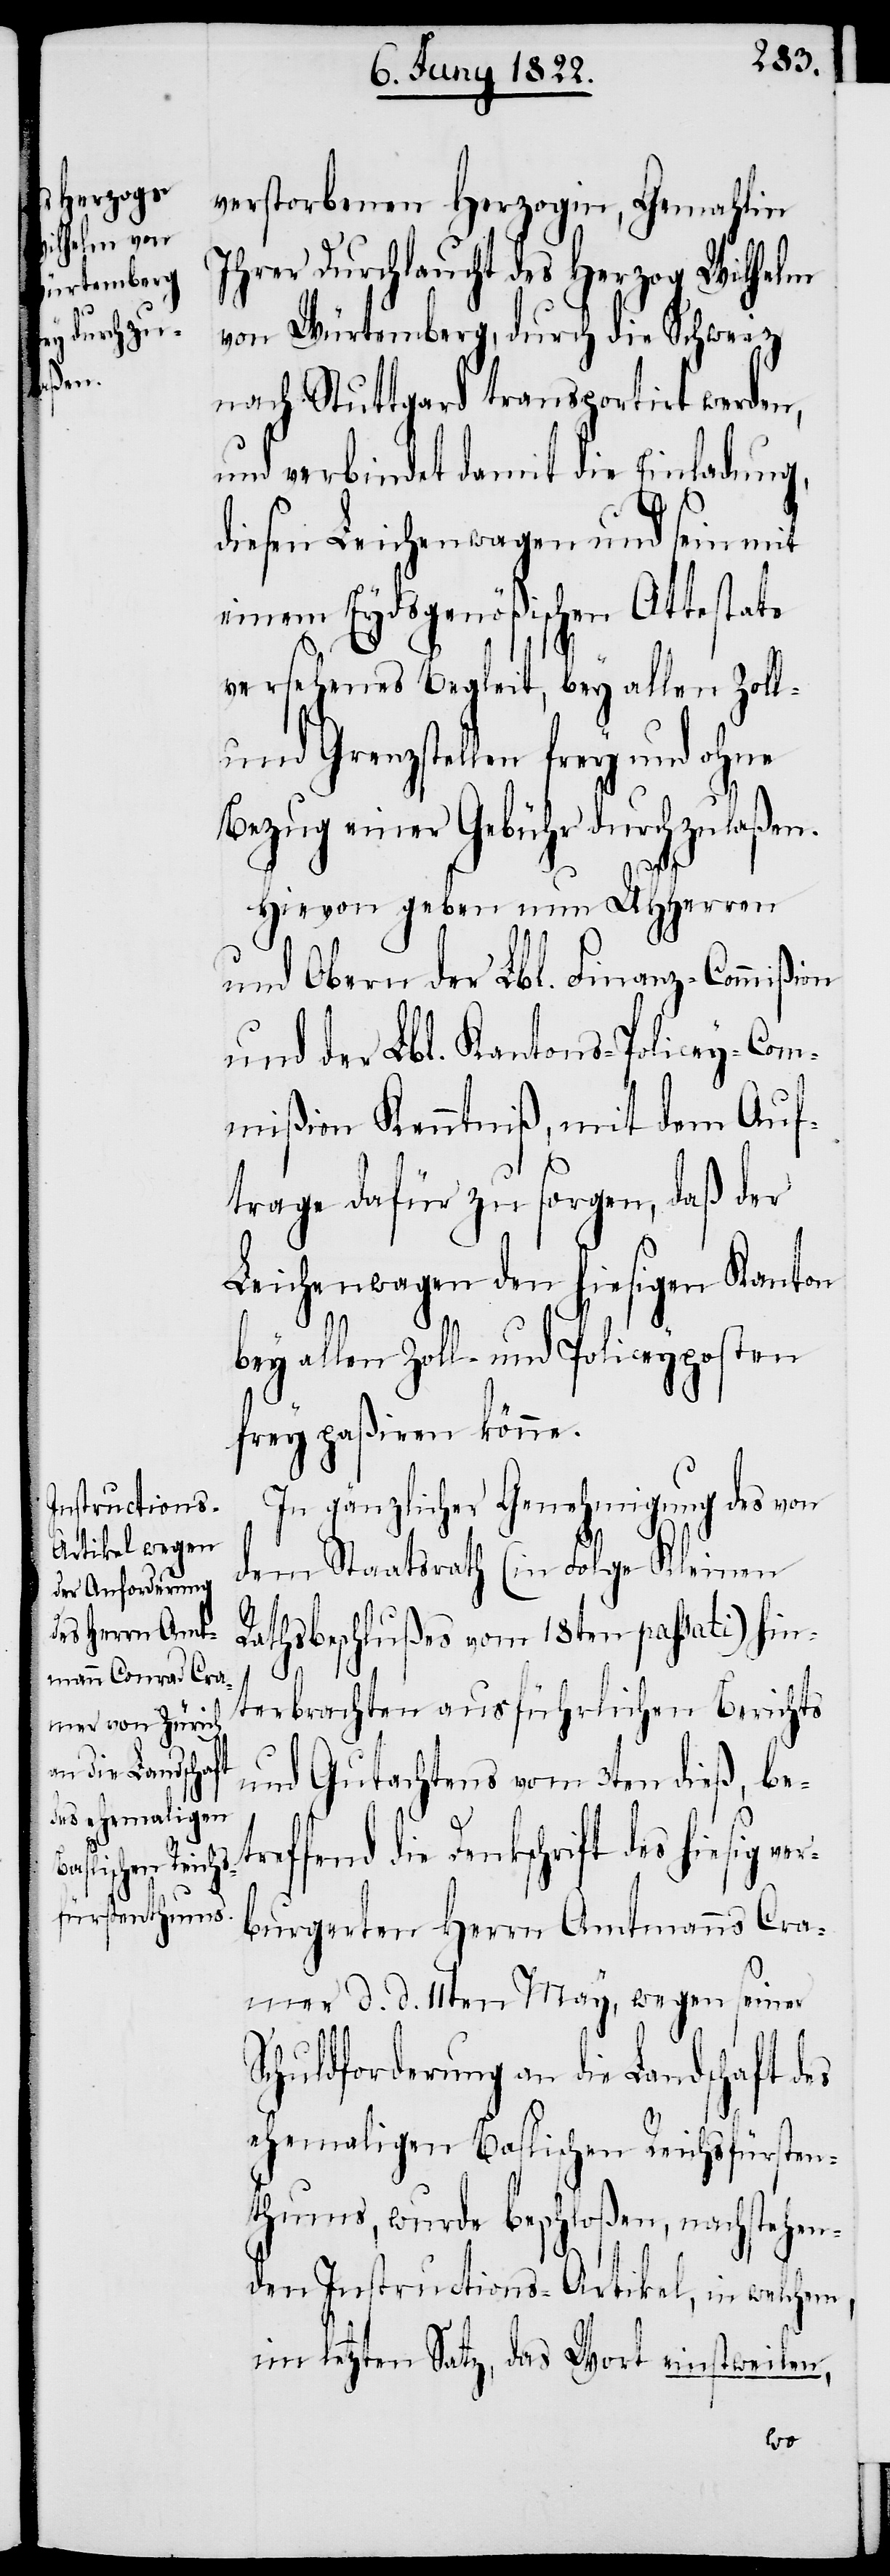
verstorbenen Herzogin, Gemahlin
Ihrer Durchlaucht des Herzog Wilhelm
von Würtemberg, durch die Schweiz
nach Stuttgard transportirt werden,
und verbindet damit die Einladung,
diesen Leichenwagen und sein mit
einem Eydsgenößischen Attestate
versehenes Begleit, bey allen Zoll-
und Grenzstellen frey und ohne
Bezug einer Gebühr durchzulaßen.
Hievon geben nun UHHerren
und Obern der Lbl. Finanz-Commißion
und der Lbl. Kantons-Policey-Com¬
mißion Kenntniß, mit dem Auf¬
trage dafür zu sorgen, daß der
Leichenwagen den hiesigen Kanton
bey allen Zoll- und Policeyposten
frey paßiren könne.
In gänzlicher Genehmigung des von
dem Staatsrath (in Folge Kleinen
Rathsbeschlußes vom 18ten passati) hin¬
terbrachten ausführlichen Berichts
und Gutachtens vom 3ten dieß, betr¬
effend die Denkschrift des hiesig
burgerten Herrn Amtsmanns Cra¬
mer d. d. 11ten May, wegen seiner
Schuldforderung an die Landschaft des
ehemaligen Baslischen Reichsfürsten¬
thums, wurde beschloßen, nachstehen¬
den Instructions-Artikel, in welchem
im letzten Satz, das Wort einstweilen,
ver¬